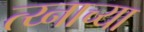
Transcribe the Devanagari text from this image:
त्य्नाच्या